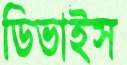
ডিভাইস